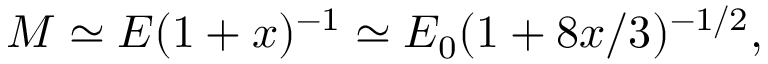
M \simeq E ( 1 + x ) ^ { - 1 } \simeq E _ { 0 } ( 1 + 8 x / 3 ) ^ { - 1 / 2 } ,